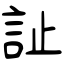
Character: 訨